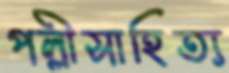
পল্লীসাহিত্য